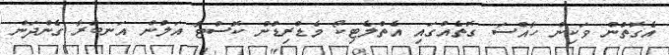
އެގޮތުން ވަކިން ހާއްސަ ގޮތެއްގައި އެތްލެޓިކޯ މެޑްރިޑުން ކޮސްޓާ އަލުން އަނބުރާ ގެންދަން